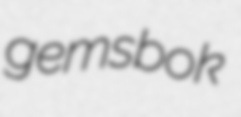
gemsbok